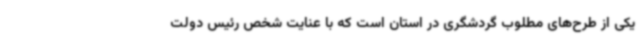
یکی از طرح‌های مطلوب گردشگری در استان است که با عنایت شخص رئیس دولت